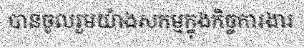
បានចូលរួមយ៉ាងសកម្មក្នុងកិច្ចការងារ